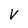
Character: V